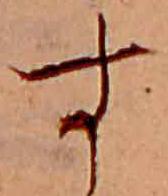
す